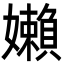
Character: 嬾